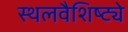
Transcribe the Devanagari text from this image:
स्थलवैशिष्ट्ये